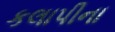
કલાપીના